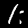
Digit: 1